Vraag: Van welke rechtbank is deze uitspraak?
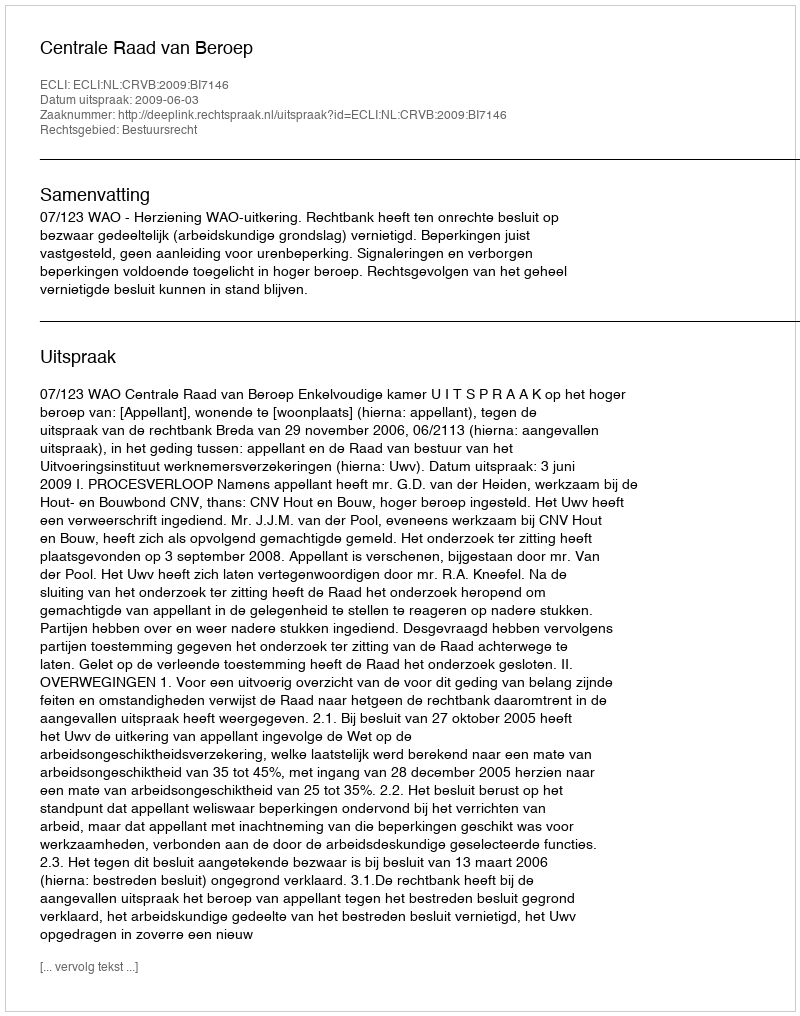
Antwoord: Centrale Raad van Beroep